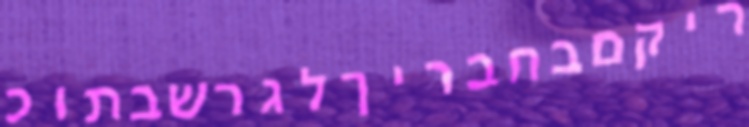
ריקםבחבריךלגרשבתוכ